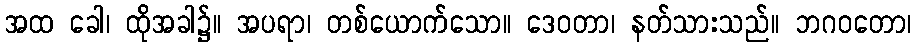
အထ ခေါ၊ ထိုအခါ၌။ အပရာ၊ တစ်ယောက်သော။ ဒေဝတာ၊ နတ်သားသည်။ ဘဂဝတော၊